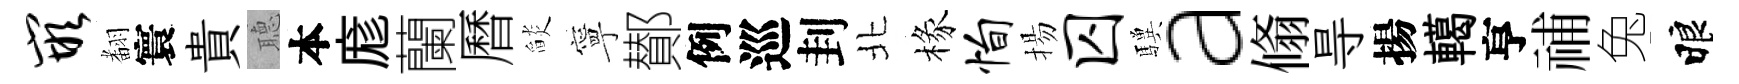
嵌𮋒寰貴𦗟本庬蘭曆𦦨寧鄼例巡刲北椽恂揚囚驥a翛㝵揚轕亨𥙷兔睱